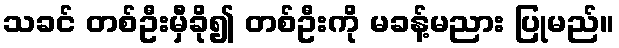
သခင် တစ်ဦးမှီခို၍ တစ်ဦးကို မခန့်မညား ပြုမည်။